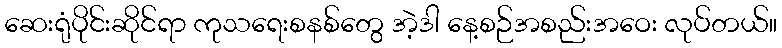
ဆေးရုံပိုင်းဆိုင်ရာ ကုသရေးစနစ်တွေ အဲ့ဒါ နေ့စဉ်အစည်းအဝေး လုပ်တယ်။